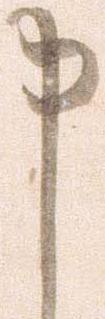
申